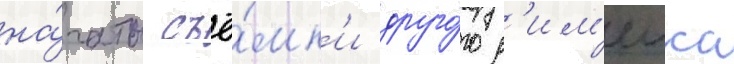
на́чаты съё́мк'и друго́го р'им'еика